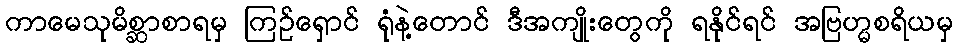
ကာမေသုမိစ္ဆာစာရမှ ကြဉ်ရှောင် ရုံနဲ့တောင် ဒီအကျိုးတွေကို ရနိုင်ရင် အဗြဟ္မစရိယမှ